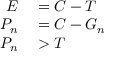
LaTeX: \begin{array} { r l } { E } & { { } { } = C - T } \\ { P _ { n } } & { { } { } = C - G _ { n } } \\ { P _ { n } } & { { } { } > T } \end{array}